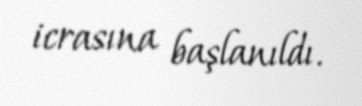
icrasına başlanıldı.